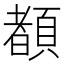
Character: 𲊴